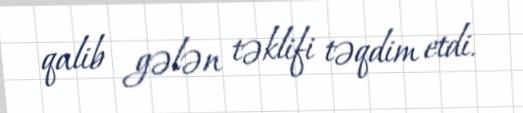
qalib gələn təklifi təqdim etdi.